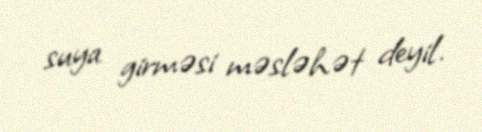
suya girməsi məsləhət deyil.